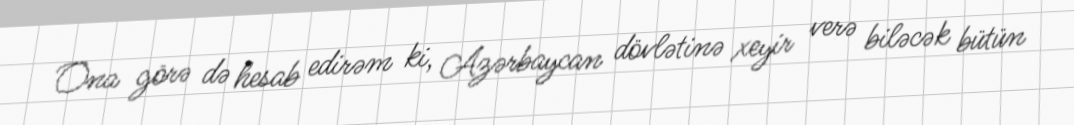
Ona görə də hesab edirəm ki, Azərbaycan dövlətinə xeyir verə biləcək bütün